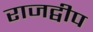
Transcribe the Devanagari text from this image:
राजद्वीप